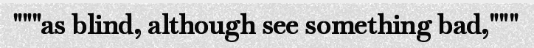
"""as blind, although see something bad,"""